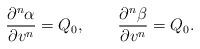
LaTeX: \begin{align*} \frac{\partial^n\alpha}{\partial v^n}=Q_0,\qquad\frac{\partial^n\beta}{\partial v^n}=Q_0.\end{align*}